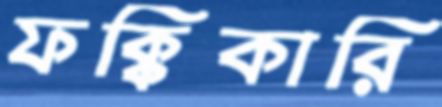
ফক্কিকারি